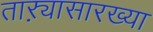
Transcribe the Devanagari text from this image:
ताऱ्यासारख्या